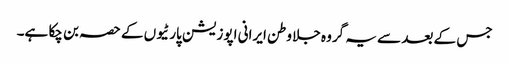
جس کے بعد سے یہ گروہ جلا وطن ایرانی اپوزیشن پارٹیوں کے حصہ بن چکا ہے۔